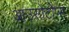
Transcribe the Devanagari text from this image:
आउसोटोप्स